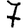
Digit: 7